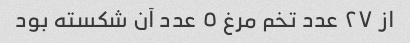
از ٢٧ عدد تخم مرغ ٥ عدد آن شکسته بود